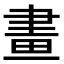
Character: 畫